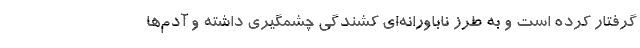
گرفتار کرده است و به طرز ناباورانه‌ای کشندگی چشمگیری داشته و آدم‌ها